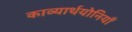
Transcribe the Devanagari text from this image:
काव्यार्थयोनियाँ